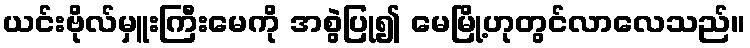
ယင်းဗိုလ်မှူးကြီးမေကို အစွဲပြု၍ မေမြို့ဟုတွင်လာလေသည်။